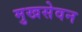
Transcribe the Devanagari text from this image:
मुखसेवन